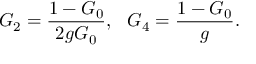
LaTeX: { \cal G } _ { 2 } = \frac { 1 - { \cal G } _ { 0 } } { 2 g { \cal G } _ { 0 } } , ~ ~ { \cal G } _ { 4 } = \frac { 1 - { \cal G } _ { 0 } } { g } .